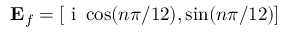
\ensuremath { \mathbf { E } _ { f } } = [ \ensuremath { \mathrm { ~ i ~ } } \cos ( n \pi / 1 2 ) , \sin ( n \pi / 1 2 ) ]